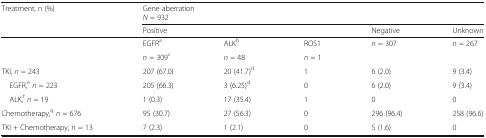
| <ROWSPAN=3> Treatment, n (%) | <COLSPAN=5> Gene aberration |
 | <COLSPAN=5> N = 932 |
 | <COLSPAN=3> Positive | Negative | Unknown |
 | --- | --- | --- | --- | --- | --- |
 |  | EGFRa | ALKb | ROS1 | <ROWSPAN=2> n = 307 | <ROWSPAN=2> n = 267 |
 |  | n = 309c | n = 48 | n = 1 |
 | TKI, n = 243 | 207 (67.0) | 20 (41.7)d | 1 | 6 (2.0) | 9 (3.4) |
 | EGFR,en = 223 | 205 (66.3) | 3 (6.25)d | 0 | 6 (2.0) | 9 (3.4) |
 | ALK,fn = 19 | 1 (0.3) | 17 (35.4) | 1 | 0 | 0 |
 | Chemotherapy,gn = 676 | 95 (30.7) | 27 (56.3) | 0 | 296 (96.4) | 258 (96.6) |
 | TKI + Chemotherapy, n = 13 | 7 (2.3) | 1 (2.1) | 0 | 5 (1.6) | 0 |